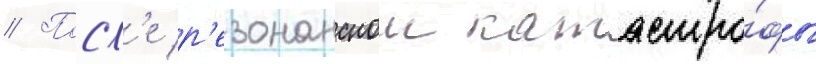
// Посл'е р'езонанснои катастро́фы